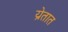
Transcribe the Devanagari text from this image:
य्रेतात